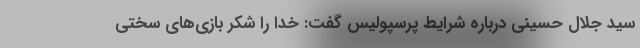
سید جلال حسینی درباره شرایط پرسپولیس گفت: خدا را شکر بازی‌های سختی